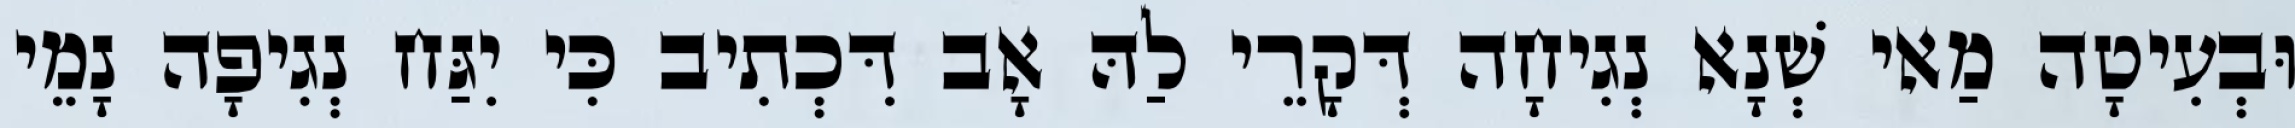
וּבְעִיטָה מַאי שְׁנָא נְגִיחָה דְּקָרֵי לַהּ אָב דִּכְתִיב כִּי יִגַּח נְגִיפָה נָמֵי